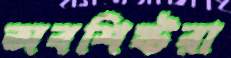
অবশিষ্টরা